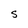
Character: S